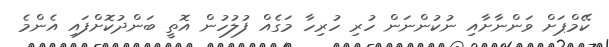
ކޭމްޕަށް ވަންނާށާއި ނުކުންނަން ހުރި ހުރިހާ މަގެއް ފުލުހުން އޮތީ ބަންދުކޮށްފައި އެންމެ